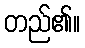
တည်၏။